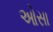
ઓસા